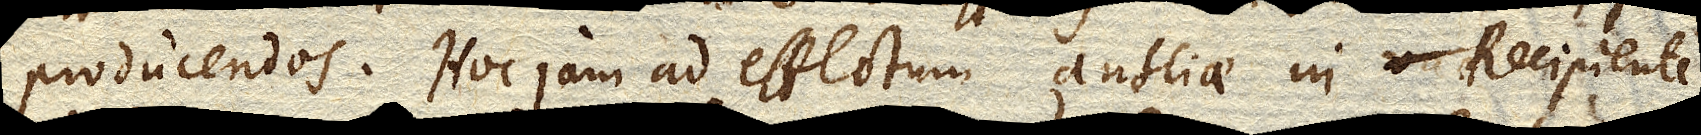
producendos. Hoc jam ad effectum antliae in Recipiente